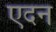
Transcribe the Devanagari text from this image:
एदन